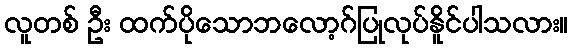
လူတစ် ဦး ထက်ပိုသောဘလော့ဂ်ပြုလုပ်နိူင်ပါသလား။